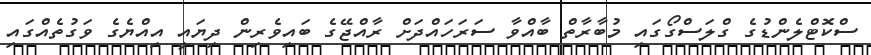
ސްކޮޓްލެންޑުގެ ގްލަސްގޯގައި މުބާރާތް ބާއްވާ ސަރަހައްދަށް ރާއްޖޭގެ ބައިވެރިން ދިޔައީ އިއްޔެގެ ވަގުތެއްގައި